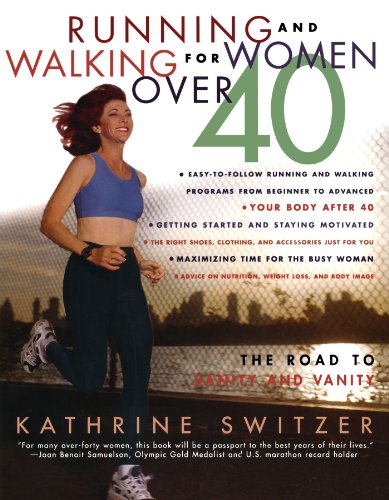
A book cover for Running and Walking for Women Over 40 : The Road to Sanity and Vanity; Kathrine Switzer; Health, Fitness & Dieting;